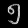
Digit: ၅